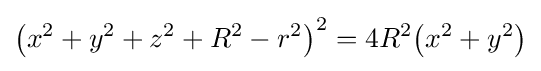
\left(x^{2}+y^{2}+z^{2}+R^{2}-r^{2}\right)^{2}=4R^{2}\!\left(x^{2}+y^{2}\right)